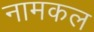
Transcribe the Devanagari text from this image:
नामकल